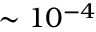
\sim 1 0 ^ { - 4 }